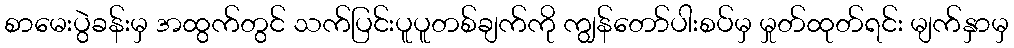
စာမေးပွဲခန်းမှ အထွက်တွင် သက်ပြင်းပူပူတစ်ချက်ကို ကျွန်တော်ပါးစပ်မှ မှုတ်ထုတ်ရင်း မျက်နှာမှ